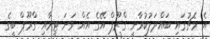
އެ މެޗުގައި ބައްދަލުކުރާނީ ގްރޫޕް އޭގެ އެއް ވަނަ ޓީމާއި ގްރޫޕް ބީގެ